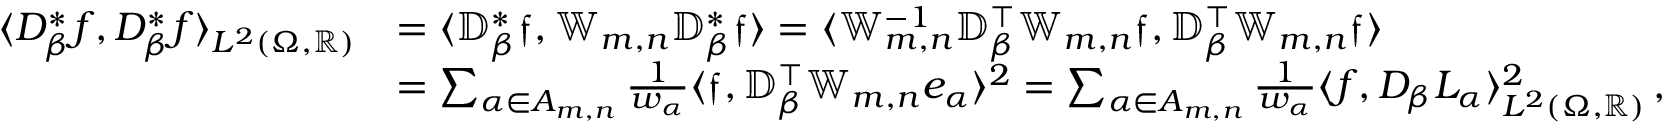
\begin{array} { r l } { \langle D _ { \beta } ^ { * } f , D _ { \beta } ^ { * } f \rangle _ { L ^ { 2 } ( \Omega , \mathbb { R } ) } } & { = \langle \mathbb { D } _ { \beta } ^ { * } \mathfrak { f } , \mathbb { W } _ { m , n } \mathbb { D } _ { \beta } ^ { * } \mathfrak { f } \rangle = \langle \mathbb { W } _ { m , n } ^ { - 1 } \mathbb { D } _ { \beta } ^ { \top } \mathbb { W } _ { m , n } \mathfrak { f } , \mathbb { D } _ { \beta } ^ { \top } \mathbb { W } _ { m , n } \mathfrak { f } \rangle } \\ & { = \sum _ { \alpha \in A _ { m , n } } \frac { 1 } { w _ { \alpha } } \langle \mathfrak { f } , \mathbb { D } _ { \beta } ^ { \top } \mathbb { W } _ { m , n } e _ { \alpha } \rangle ^ { 2 } = \sum _ { \alpha \in A _ { m , n } } \frac { 1 } { w _ { \alpha } } \langle f , D _ { \beta } L _ { \alpha } \rangle _ { L ^ { 2 } ( \Omega , \mathbb { R } ) } ^ { 2 } \, , } \end{array}